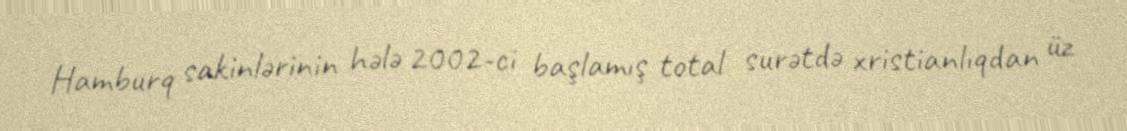
Hamburq sakinlərinin hələ 2002-ci başlamış total surətdə xristianlıqdan üz